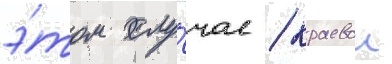
э́том слу́чае / краевои